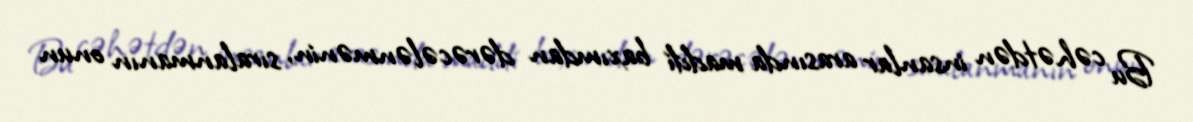
Bu cəhətdən insanlar arasında maddi baxımdan dərəcələnmənin, sıralanmanın onun